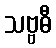
သဗ္ဗဓီ